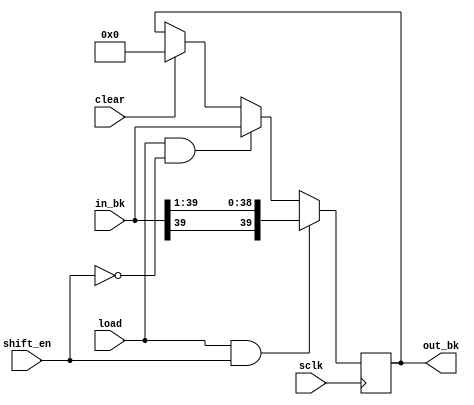
module shift_accumulator(
                      input wire [39:0] in_bk,
                      input wire shift_en,
                      input wire load, clear, sclk,
                      output [39:0] out_bk );
reg [39:0] shift_reg;
	
always @(negedge sclk)
   begin
     if (clear)
	 shift_reg = 40'd0;
     if (load && shift_en)
	 shift_reg = {in_bk[39], in_bk[39:1]};
     else if (load && !shift_en)
	 shift_reg = in_bk;
     else
	 shift_reg = shift_reg;
   end

assign out_bk = shift_reg;
			
endmodule